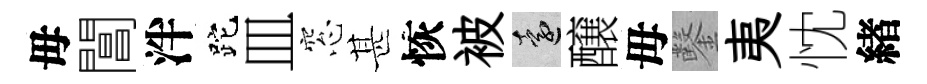
毋閶泮跎皿窓甚恢被遠醸母鑿夷忱緖